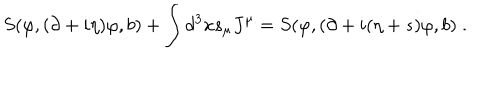
S ( \varphi , ( \partial + i \eta ) \varphi , b ) + \int d ^ { 3 } x s _ { \mu } J ^ { \mu } = S ( \varphi , ( \partial + i ( \eta + s ) \varphi , b ) \; .